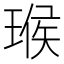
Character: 𤧝